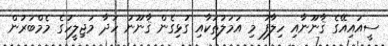
ސީއައިއޭގެ ޤާނޫނާއި ހިލާފު މި އަމަލުތަކާއި ގުޅިގެން ޤާނޫނު ހަދާ މަޖިލީހުގެ މެމްބަރުން